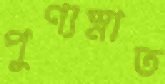
পুণ্যস্নাত